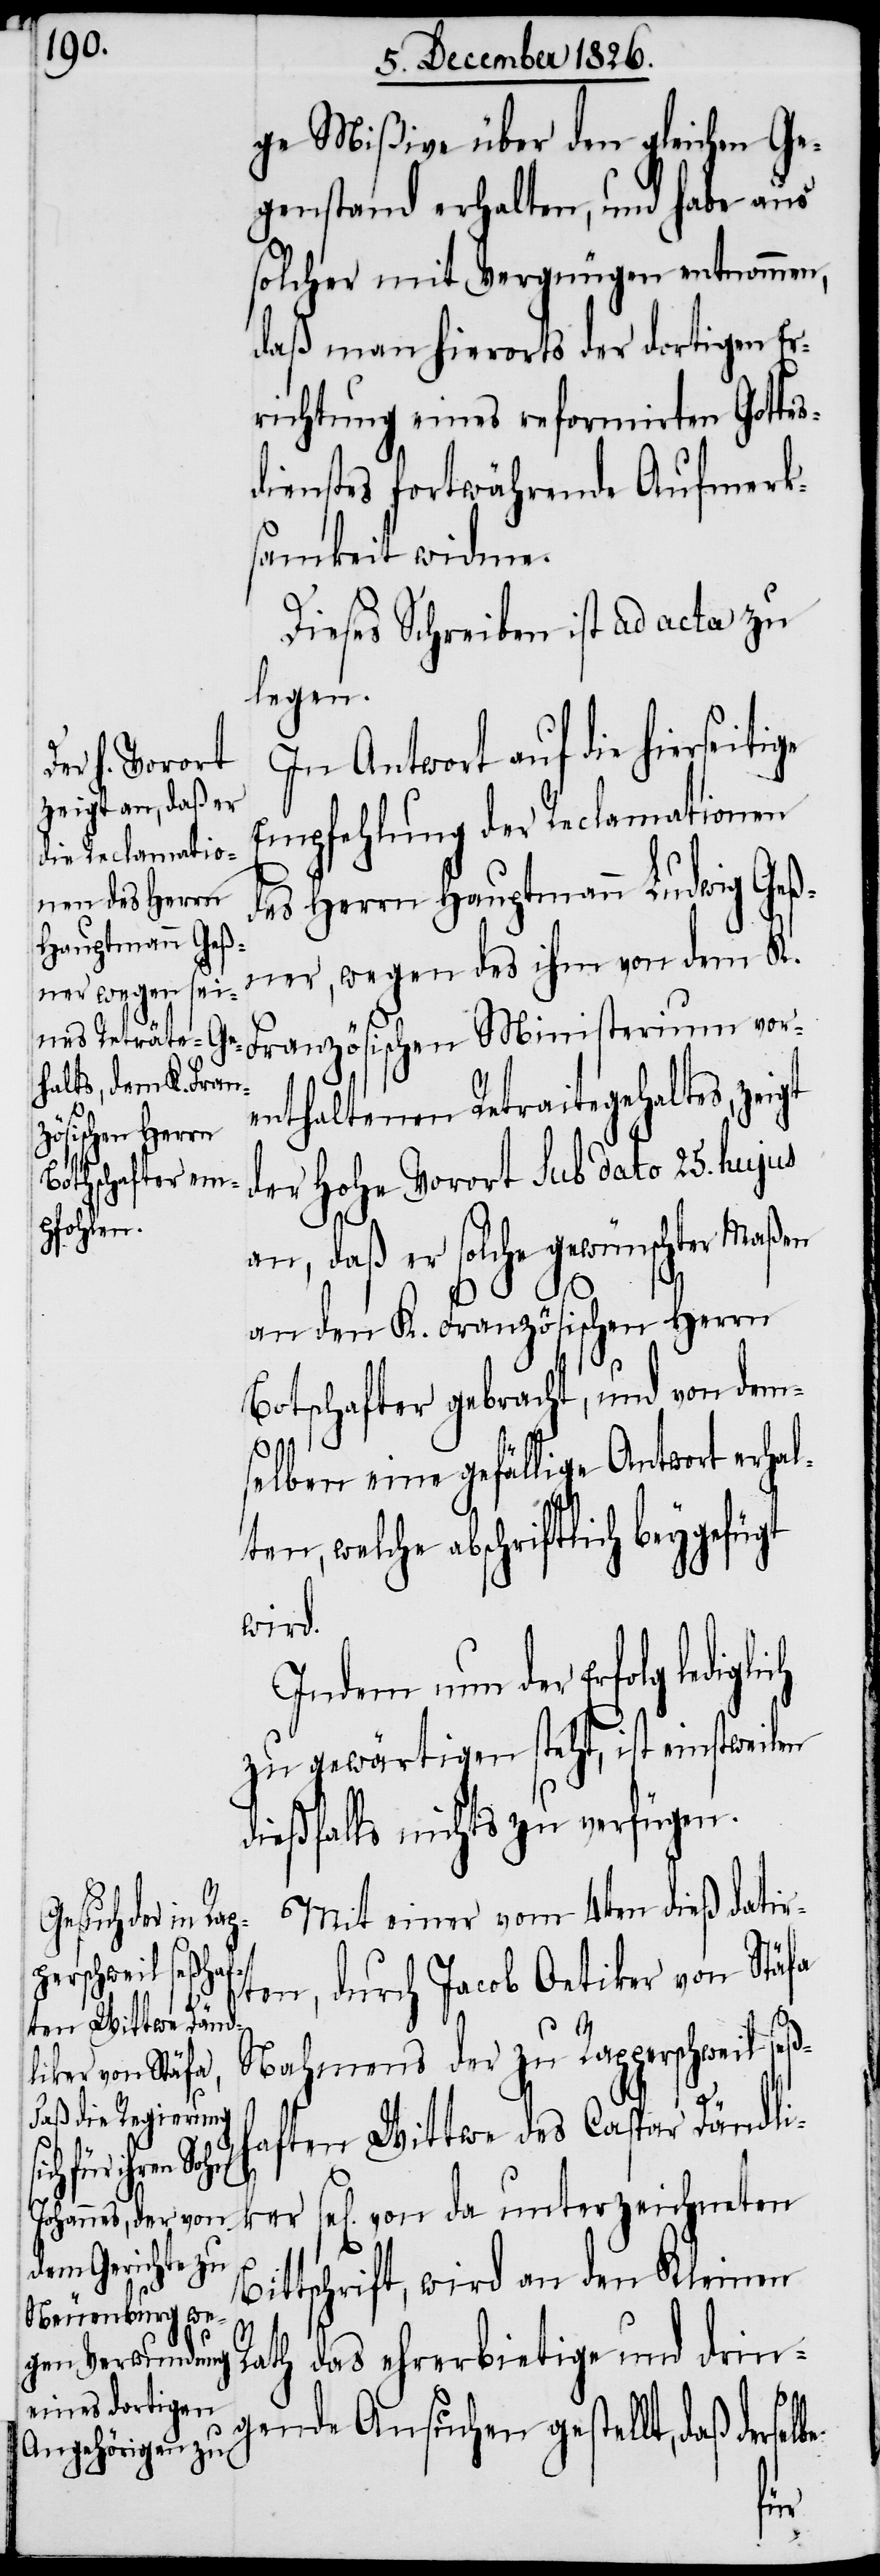
ge Mißive über den gleichen Ge¬
genstand erhalten, und habe aus
solcher mit Vergnügen entnommen,
daß man hierorts der dortigen Er¬
richtung eines reformirten Gottes¬
dienstes fortwährende Aufmerk¬
samkeit widme.
Dieses Schreiben ist ad acta zu
legen.
In Antwort auf die hierseit¬
Empfehlung der Reclamationen
des Herrn Hauptmann Ludwig Geß¬
ner, wegen des ihm von dem K.
enthaltenen Retraitegehaltes, zeigt
der hohe Vorort sub dato 25. hujus
an, daß er solche gewünschter Maßen
an den K. Französischen Herrn
Botschafter gebracht, und von dem¬
selben eine gefällige Antwort erhal¬
ten, welche abschriftlich beygefügt
wird.
Indem nun der Erfolg ledi¬
zu gewärtigen steht, ist einstweilen
dießfalls nichts zu verfügen.
Mit einer vom 4ten dieß datir¬
ten, durch Jacob Oetiker von Stäfa
Nahmens der zu Rapperschweil seß¬
B¬
haften Wittwe des Caspar Dändli¬
glich
sel[igen] von da unterzeichneten
ittschrift, wird an den Kleinen
Rath das ehrerbietige und drin¬
gende Ansuchen gestellt, daß der¬
lbe